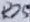
Text: R25